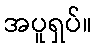
အပူရှပ်။